Lunatic asylums Bombay report 1878-1890 - 1878-1890
Year: 1878
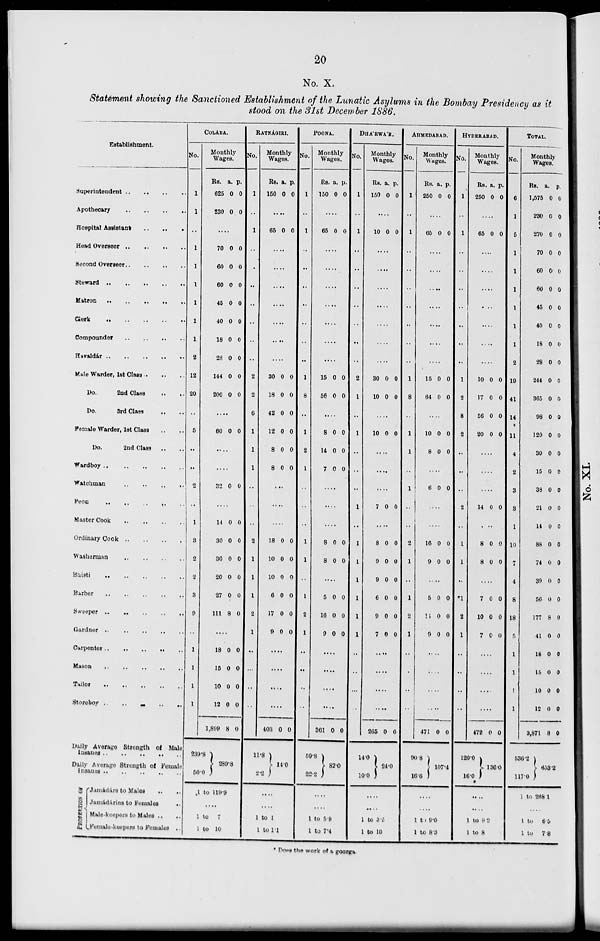
20
No. X.
Statement showing the Sanctioned Establishment of the Lunatic Asylums in the Bombay Presidency as it
stood on the 31st December 1886.
Establishment.
Superintendent
..
..
..
..
Apothecary
..
..
..
..
Hospital Assistant
..
..
..
Head Overseer
..
..
..
..
Second Overseer
..
..
..
..
Steward
..
..
..
..
..
Matron
..
..
..
..
..
Clerk
..
..
..
..
..
Compounder
..
..
..
..
Havaldár
..
..
..
..
..
Mate Warder, 1st Class
..
..
..
Do.
2nd Class
..
..
Do.
3rd Class .. ..
Female Warder, 1st Class .. ..
Do.
2nd Class .. ..
Wardboy
..
..
..
..
..
Watchman
..
..
..
..
Peon
..
..
..
..
..
Master Cook
..
..
..
..
Ordinary Cook
..
..
..
..
Washerman
..
..
..
..
Bhisti
..
..
..
..
..
Barber
..
..
..
..
..
Sweeper
..
..
..
..
..
Gardner
..
..
..
..
..
Carpenter
..
..
..
..
..
Mason .. .. .. .. ..
Tailor .. .. .. .. ..
Storeboy .. .. .. .. ..
Daily Average Strength of Male
Insanes
..
..
..
..
..
Daily Average Strength of Female
Insanes .. .. .. .. ..
PROPERTION OF
Jemádárs to Males .. ..
Jamádárins to Females .. ..
Male-keepers to Males ..
..
Female-keepers to Females ..
COLÁBA.
No.
1
1
..
1
1
1
1
1
1
2
12
20
..
5
..
..
2
..
1
3
2
2
3
9
..
1
1
1
1
Monthly
Wages.
Rs.
625
230
a.
0
0
p.
0
0
....
70
60
60
45
40
18
28
144
200
0
0
0
0
0
0
0
0
0
0
0
0
0
0
0
0
0
0
...
60 0 0
....
....
32 0 0
....
14
30
30
20
27
111
0
0
0
0
0
8
0
0
0
0
0
0
....
18
15
10
12
1,899
239.8
50.0
0
0
0
0
8
0
0
0
0
0
289.8
1 to 119.9
....
1 to
7
1 to 10
RATNÁGIRI.
No.
1
..
1
..
..
..
..
..
..
..
2
2
6
1
1
1
..
..
..
2
1
1
1
2
1
..
..
..
..
Monthly
Wages.
Rs.
150
a.
0
p.
0
....
65 0 0
....
....
....
....
....
....
....
30
18
42
12
8
8
0
0
0
0
0
0
0
0
0
0
0
0
....
....
....
18
10
10
6
17
9
0
0
0
0
0
0
0
0
0
0
0
0
....
....
....
....
403
11.8
2.2
0 0
14.0
....
....
1 to 1
1 to 11
POONA.
No.
1
..
1
..
..
..
..
..
..
..
1
8
..
1
2
1
..
..
..
1
1
..
1
2
1
..
..
..
..
Monthly
Wages.
Rs.
150
a.
0
p.
0
....
65 0 0
....
....
....
....
....
....
....
15
56
0
0
0
0
....
8
14
7
0
0
0
0
0
0
....
....
....
8
8
0
0
0
0
....
5
16
9
0
0
0
0
0
0
....
....
....
....
361
59.8
22.2
0 0
82.0
....
....
1 to 5.9
1 to 7.4
DHA'RWA'R.
No.
1
..
1
..
..
..
..
..
..
..
2
1
..
1
..
..
..
1
..
1
1
1
1
1
1
..
..
..
..
Monthly
Wages.
Rs.
150
a.
0
p.
0
....
10 0 0
....
....
....
....
....
....
....
30
10
0
0
0
0
....
10 0 0
....
....
....
7 0 0
....
8
9
9
6
9
7
0
0
0
0
0
0
0
0
0
0
0
0
...
...
...
...
265
14.0
10.0
0 0
24.0
....
....
1 to 3.5
1 to 10
AHMEDABAD.
No.
1
..
1
..
..
..
..
..
..
..
1
8
..
1
1
..
1
..
..
2
1
..
1
2
1
..
..
..
..
Monthly
Wages.
Rs.
250
a.
0
p.
0
....
65 0 0
....
....
....
....
....
....
....
15
64
0
0
0
0
....
10
8
0
0
0
0
....
6 0 0
....
....
16
9
0
0
0
0
5
11
9
0
0
0
0
0
0
...
....
....
....
471
90.8
16.6
0 0
107.4
....
....
1 to 9.0
1 to 8.3
HYDERABAD.
No.
1
..
1
..
..
..
..
..
..
..
1
2
8
2
..
..
..
2
..
1
1
..
*1
2
1
..
..
..
..
Monthly
Wages.
Rs.
250
a.
0
p.
0
....
65 0 0
....
....
....
....
....
....
....
10
17
56
20
0
0
0
0
0
0
0
0
....
....
....
14 0 0
....
8
8
0
0
0
0
....
7
10
7
0
0
0
0
0
0
....
....
....
....
472
120.0
16.0
0 0
136.0
....
....
1 to 9.2
1 to 8
TOTAL.
No.
6
1
5
1
1
1
1
1
1
2
19
41
14
11
4
2
3
3
1
10
7
4
8
18
5
1
1
1
1
Monthly
Wages.
Rs.
1,575
230
270
70
60
60
45
40
18
28
244
365
98
120
30
15
38
21
14
88
74
39
56
177
41
18
15
10
12
3,871
536.2
117.0
a.
0
0
0
0
0
0
0
0
0
0
0
0
0
0
0
0
0
0
0
0
0
0
0
8
0
0
0
0
0
8
p.
0
0
0
0
0
0
0
0
0
0
0
0
0
0
0
0
0
0
0
0
0
0
0
0
0
0
0
0
0
0
633.2
1 to 268.1
....
1 to
6.5
1 to
7.8
* Does the work of a goorga